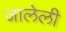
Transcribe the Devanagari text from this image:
जालेली